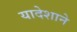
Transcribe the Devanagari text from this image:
यादेशाने